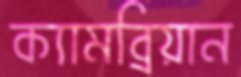
ক্যামব্রিয়ান